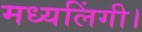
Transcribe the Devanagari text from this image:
मध्यलिंगी।